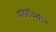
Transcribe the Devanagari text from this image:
थाइराँक्सीन